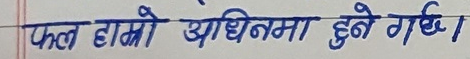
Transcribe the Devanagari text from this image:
फल हाम्रो अधीनमा हुने गर्छ।